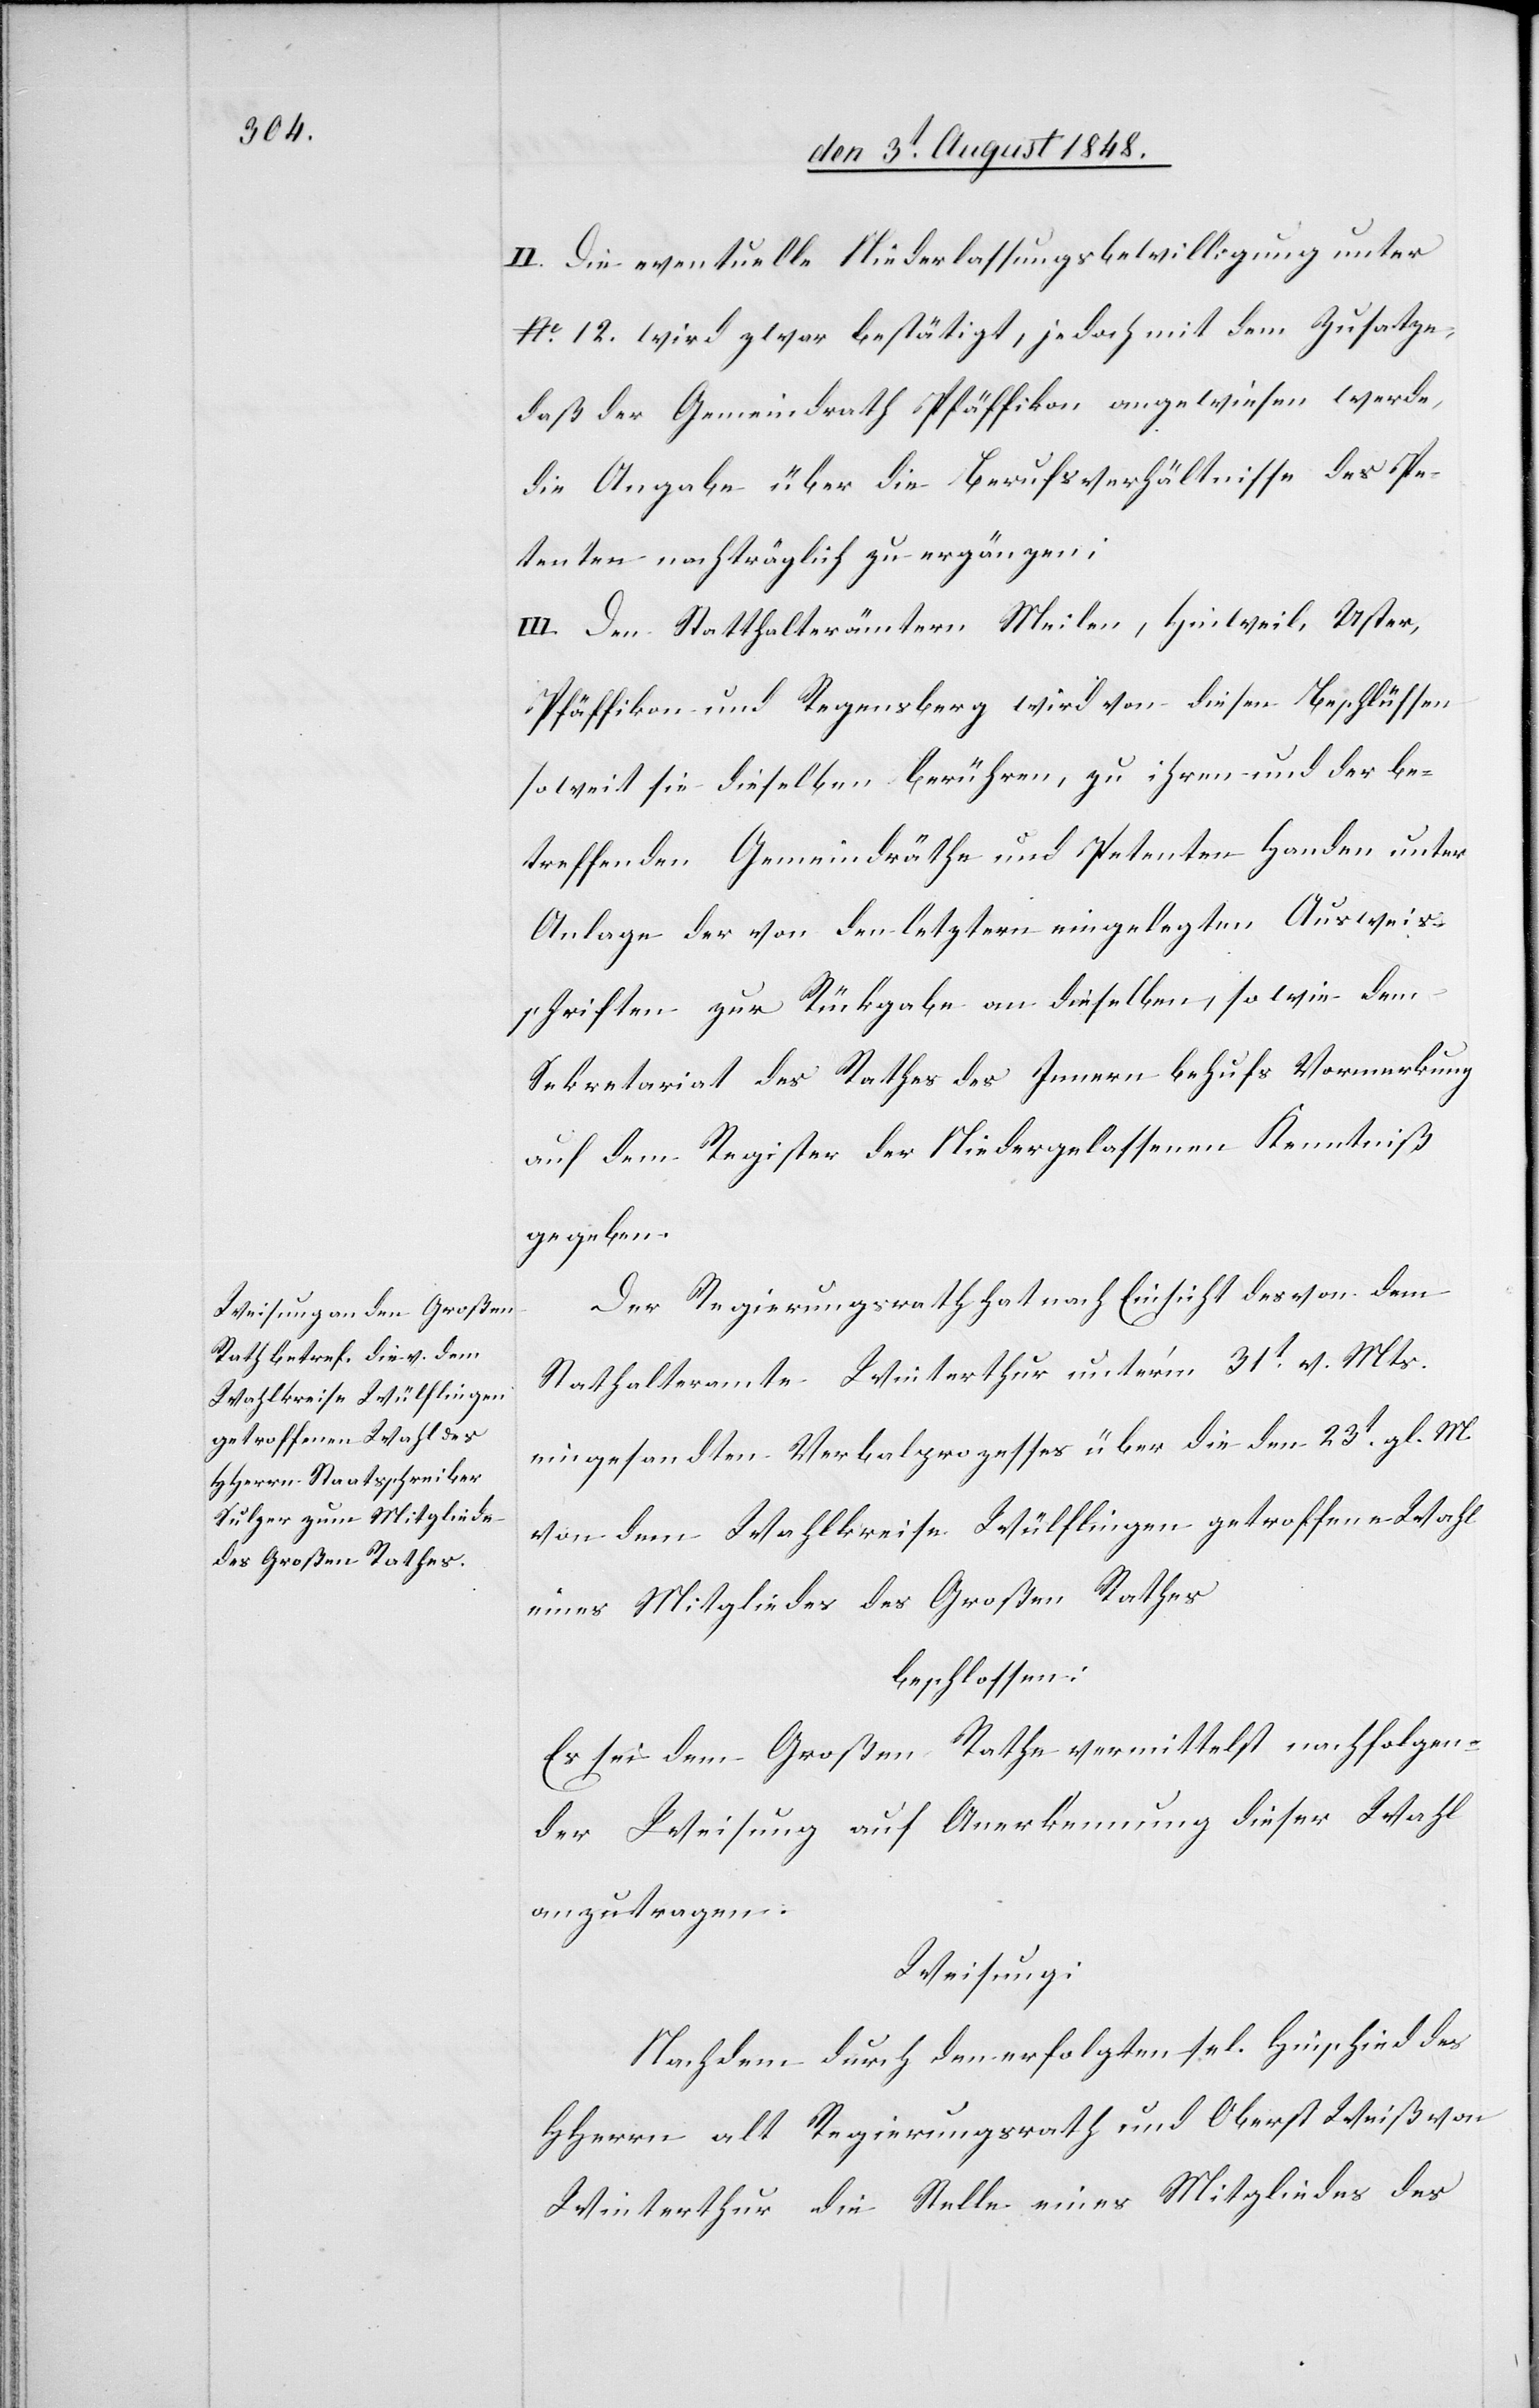
II. Die eventuelle Niederlassungsbewilligung unter
No 12. wird zwar bestätigt, jedoch mit dem Zusatze,
daß der Gemeindrath Pfäffikon angewiesen werde,
die Angabe über die Berufsverhältnisse des Pe¬
tenten nachträglich zu ergänzen.
III. Den Statthalterämtern Meilen, Hinweil, Uster,
Pfäffikon und Regensberg wird von diesen Beschlüssen
soweit sie dieselben berühren, zu ihren und der be¬
treffenden Gemeindräthe und Petenten Handen unter
Anlage der von den letztern eingelegten Ausweis¬
schriften zur Rücknahme an dieselben, so wie dem
Sekretariat des Rathes des Innern behufs Vormerkung
auf dem Register der Niedergelassenen Kenntniß
gegeben.
Der Regierungsrath hat nach Einsicht des von dem
Stat[t]halteramte Winterthur unter’m 31tr v. Mts.
eingesandten Verbalprozesses über die den 23t gl. M.
von dem Wahlkreise Wülflingen getroffene Wahl
eines Mitgliedes des Großen Rathes
beschlossen:
Es sei dem Großen Rathe vermittelst nachfolgen¬
der Weisung auf Anerkennung dieser Wahl
anzutragen.
Weisung:
Nachdem durch den erfolgten sel. Hinschied des
HHerrn alt Regierungsrath und Oberst Weiß von
Winterthur die Stelle eines Mitgliedes des